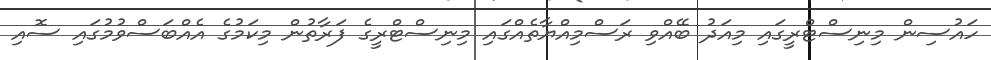
ހައުސިން މިނިސްޓްރީގައި މިއަދު ބޭއްވި ރަސްމިއްޔާތެއްގައި މިނިސްޓްރީގެ ފަރާތުން މިކަމުގެ އެއްބަސްވުމުގައި ސޮއި